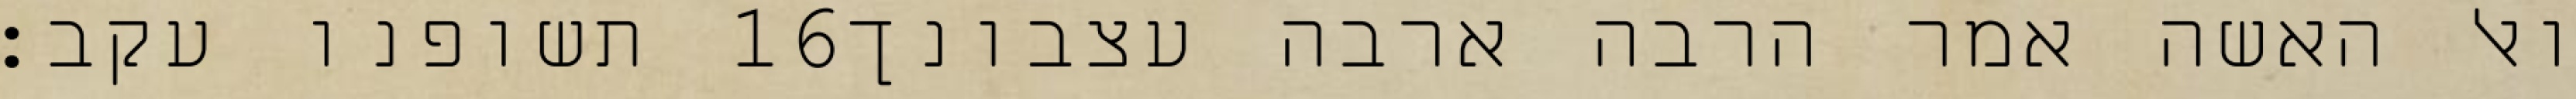
תשופנו עקב׃ ‎16‏ ואל האשה אמר הרבה ארבה עצבונך